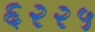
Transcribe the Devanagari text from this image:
६२२५